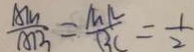
\frac { A M } { A B } = \frac { M N } { B C } = \frac { 1 } { 2 }